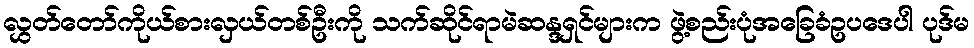
လွှတ်တော်ကိုယ်စားလှယ်တစ်ဦးကို သက်ဆိုင်ရာမဲဆန္ဒရှင်များက ဖွဲ့စည်းပုံအခြေခံဥပဒေပါ ပုဒ်မ